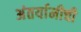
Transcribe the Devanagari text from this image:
अंतर्यामीची